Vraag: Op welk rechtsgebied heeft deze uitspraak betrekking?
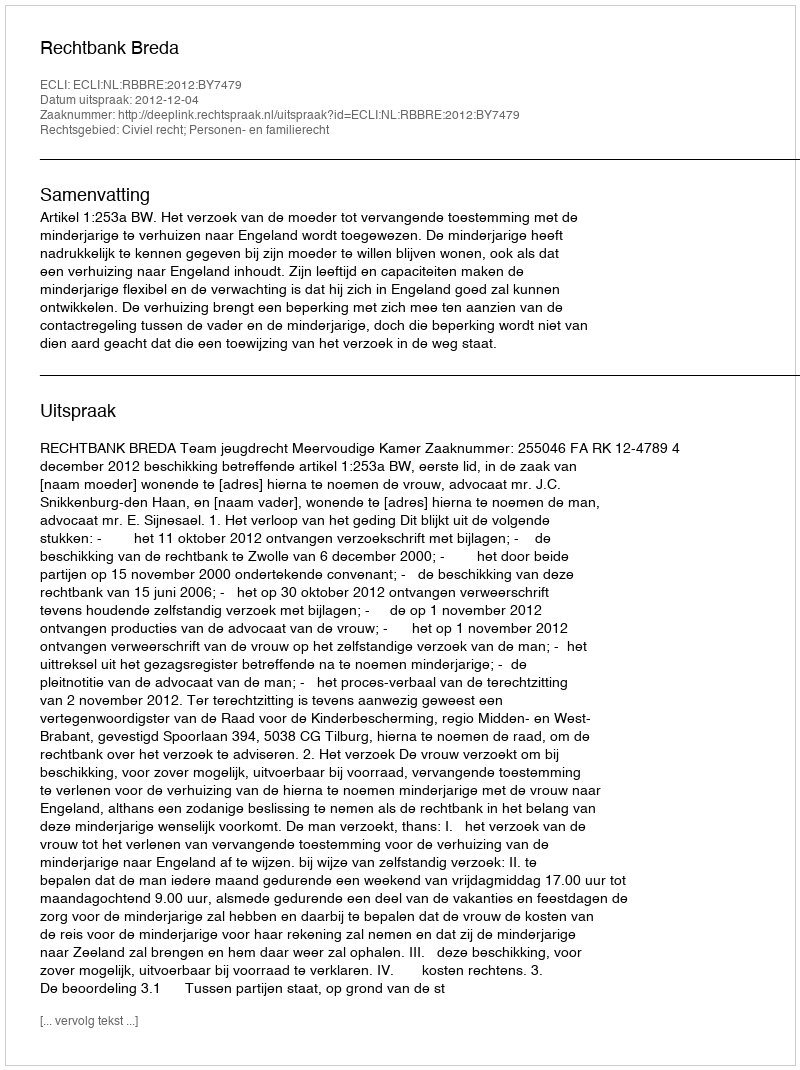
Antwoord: Civiel recht; Personen- en familierecht